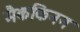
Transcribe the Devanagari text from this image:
मैककिनन